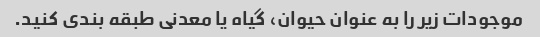
موجودات زیر را به عنوان حیوان، گیاه یا معدنی طبقه بندی کنید.